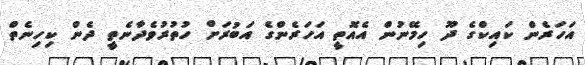
އަހަރެން ކައިކްގެ ދޫ ހިމޭނުން އެއޮތީ އަހަރެންގެ އަބުރަށް ހުތުރުވެދާނެތީ ދެން ކިހިނެތް